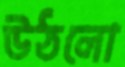
উঠলো